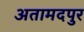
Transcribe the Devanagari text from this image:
अतामदपुर